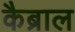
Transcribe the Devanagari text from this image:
कैब्राल